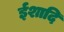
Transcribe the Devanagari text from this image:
ईशादि